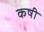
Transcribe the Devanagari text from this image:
कषी